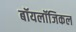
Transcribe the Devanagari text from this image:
बॉयलॉजिकल